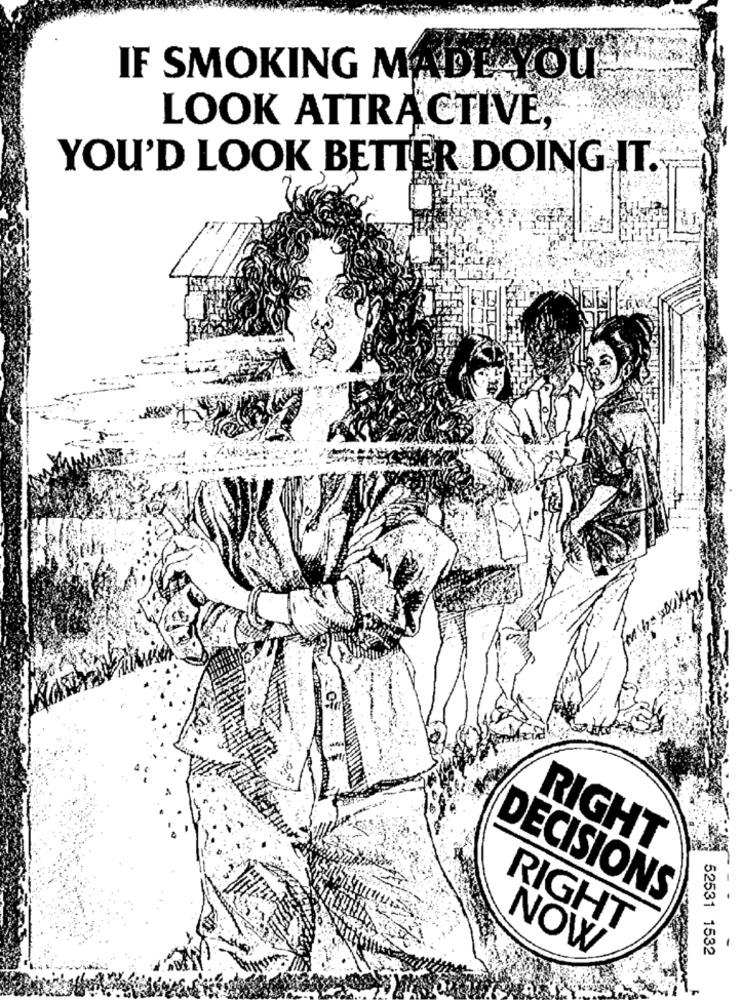
IF SMOKING MADE YOU'
LOOK ATTRACTIVE,
YOU'D LOOK BETTER DOING IT.
RIGHT
DECISIONS
RIGHT
52531 1532
NOW